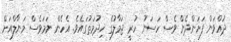
ދުއްވަން ފަށަންދެން ވެސް ހަސަނު ހުރީ ޖަމާލުގެ ޚިދުމަތުގައެވެ. އެހެން ނަމަވެސް މަނާލްއަށް